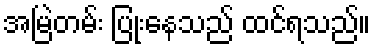
အမြဲတမ်း ပြုံးနေသည် ထင်ရသည်။